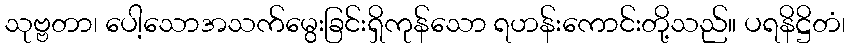
သုဗ္ဗတာ၊ ပေါ့သောအသက်မွေးခြင်းရှိကုန်သော ရဟန်းကောင်းတို့သည်။ ပရနိဋ္ဌိတံ၊